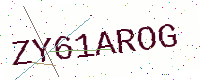
Text: ZY61AROG